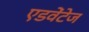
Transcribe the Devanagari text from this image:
एडवेंटेज